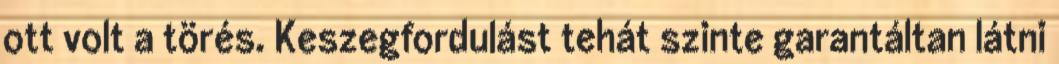
ott volt a törés. Keszegfordulást tehát szinte garantáltan látni